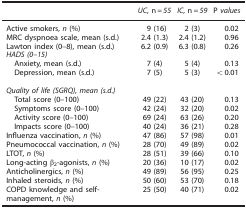
|  | UC, n=55 | IC, n=59 | P values |
 | --- | --- | --- | --- |
 | Active smokers, n (%) | 9 (16) | 2 (3) | 0.02 |
 | MRC dyspnoea scale, mean (s.d.) | 2.4 (1.3) | 2.4 (1.2) | 0.96 |
 | Lawton index (0–8), mean (s.d.) | 6.2 (0.9) | 6.3 (0.8) | 0.26 |
 | <COLSPAN=4> HADS (0–15) |
 | Anxiety, mean (s.d.) | 7 (4) | 5 (4) | 0.13 |
 | Depression, mean (s.d.) | 7 (5) | 5 (3) | <0.01 |
 | <COLSPAN=4> Quality of life (SGRQ), mean (s.d.) |
 | Total score (0–100) | 49 (22) | 43 (20) | 0.13 |
 | Symptoms score (0–100) | 42 (24) | 32 (20) | 0.02 |
 | Activity score (0–100) | 69 (24) | 63 (26) | 0.20 |
 | Impacts score (0–100) | 40 (24) | 36 (21) | 0.28 |
 | Influenza vaccination, n (%) | 47 (86) | 57 (98) | 0.01 |
 | Pneumococcal vaccination, n (%) | 28 (70) | 49 (89) | 0.02 |
 | LTOT, n (%) | 28 (51) | 39 (66) | 0.10 |
 | Long-acting β2-agonists, n (%) | 20 (36) | 10 (17) | 0.02 |
 | Anticholinergics, n (%) | 49 (89) | 56 (95) | 0.25 |
 | Inhaled steroids, n (%) | 50 (60) | 53 (70) | 0.18 |
 | COPD knowledge and self-management, n (%) | 25 (50) | 40 (71) | 0.02 |